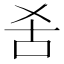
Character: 𱒍